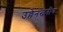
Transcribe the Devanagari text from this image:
उल्लेनखनीय